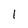
Character: 1